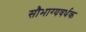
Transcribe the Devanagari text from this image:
सौभाग्यवर्धक